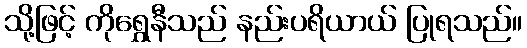
သို့ဖြင့် ကိုရွှေနီသည် နည်းပရိယာယ် ပြုရသည်။